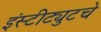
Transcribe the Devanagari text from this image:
इंस्टीट्युटचे